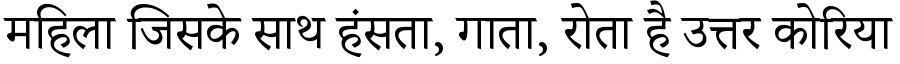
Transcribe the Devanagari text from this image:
महिला जिसके साथ हंसता, गाता, रोता है उत्तर कोरिया